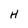
Character: H